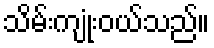
သိမ်းကျုံးဝယ်သည်။